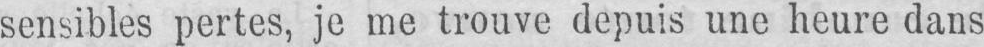
sensibles pertes, je me trouve depuis une heure dans